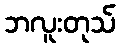
ဘလူးတုသ်